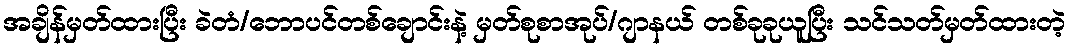
အချိန်မှတ်ထားပြီး ခဲတံ/ဘောပင်တစ်ချောင်းနဲ့ မှတ်စုစာအုပ်/ဂျာနယ် တစ်ခုခုယူပြီး သင်သတ်မှတ်ထားတဲ့